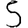
Digit: 5